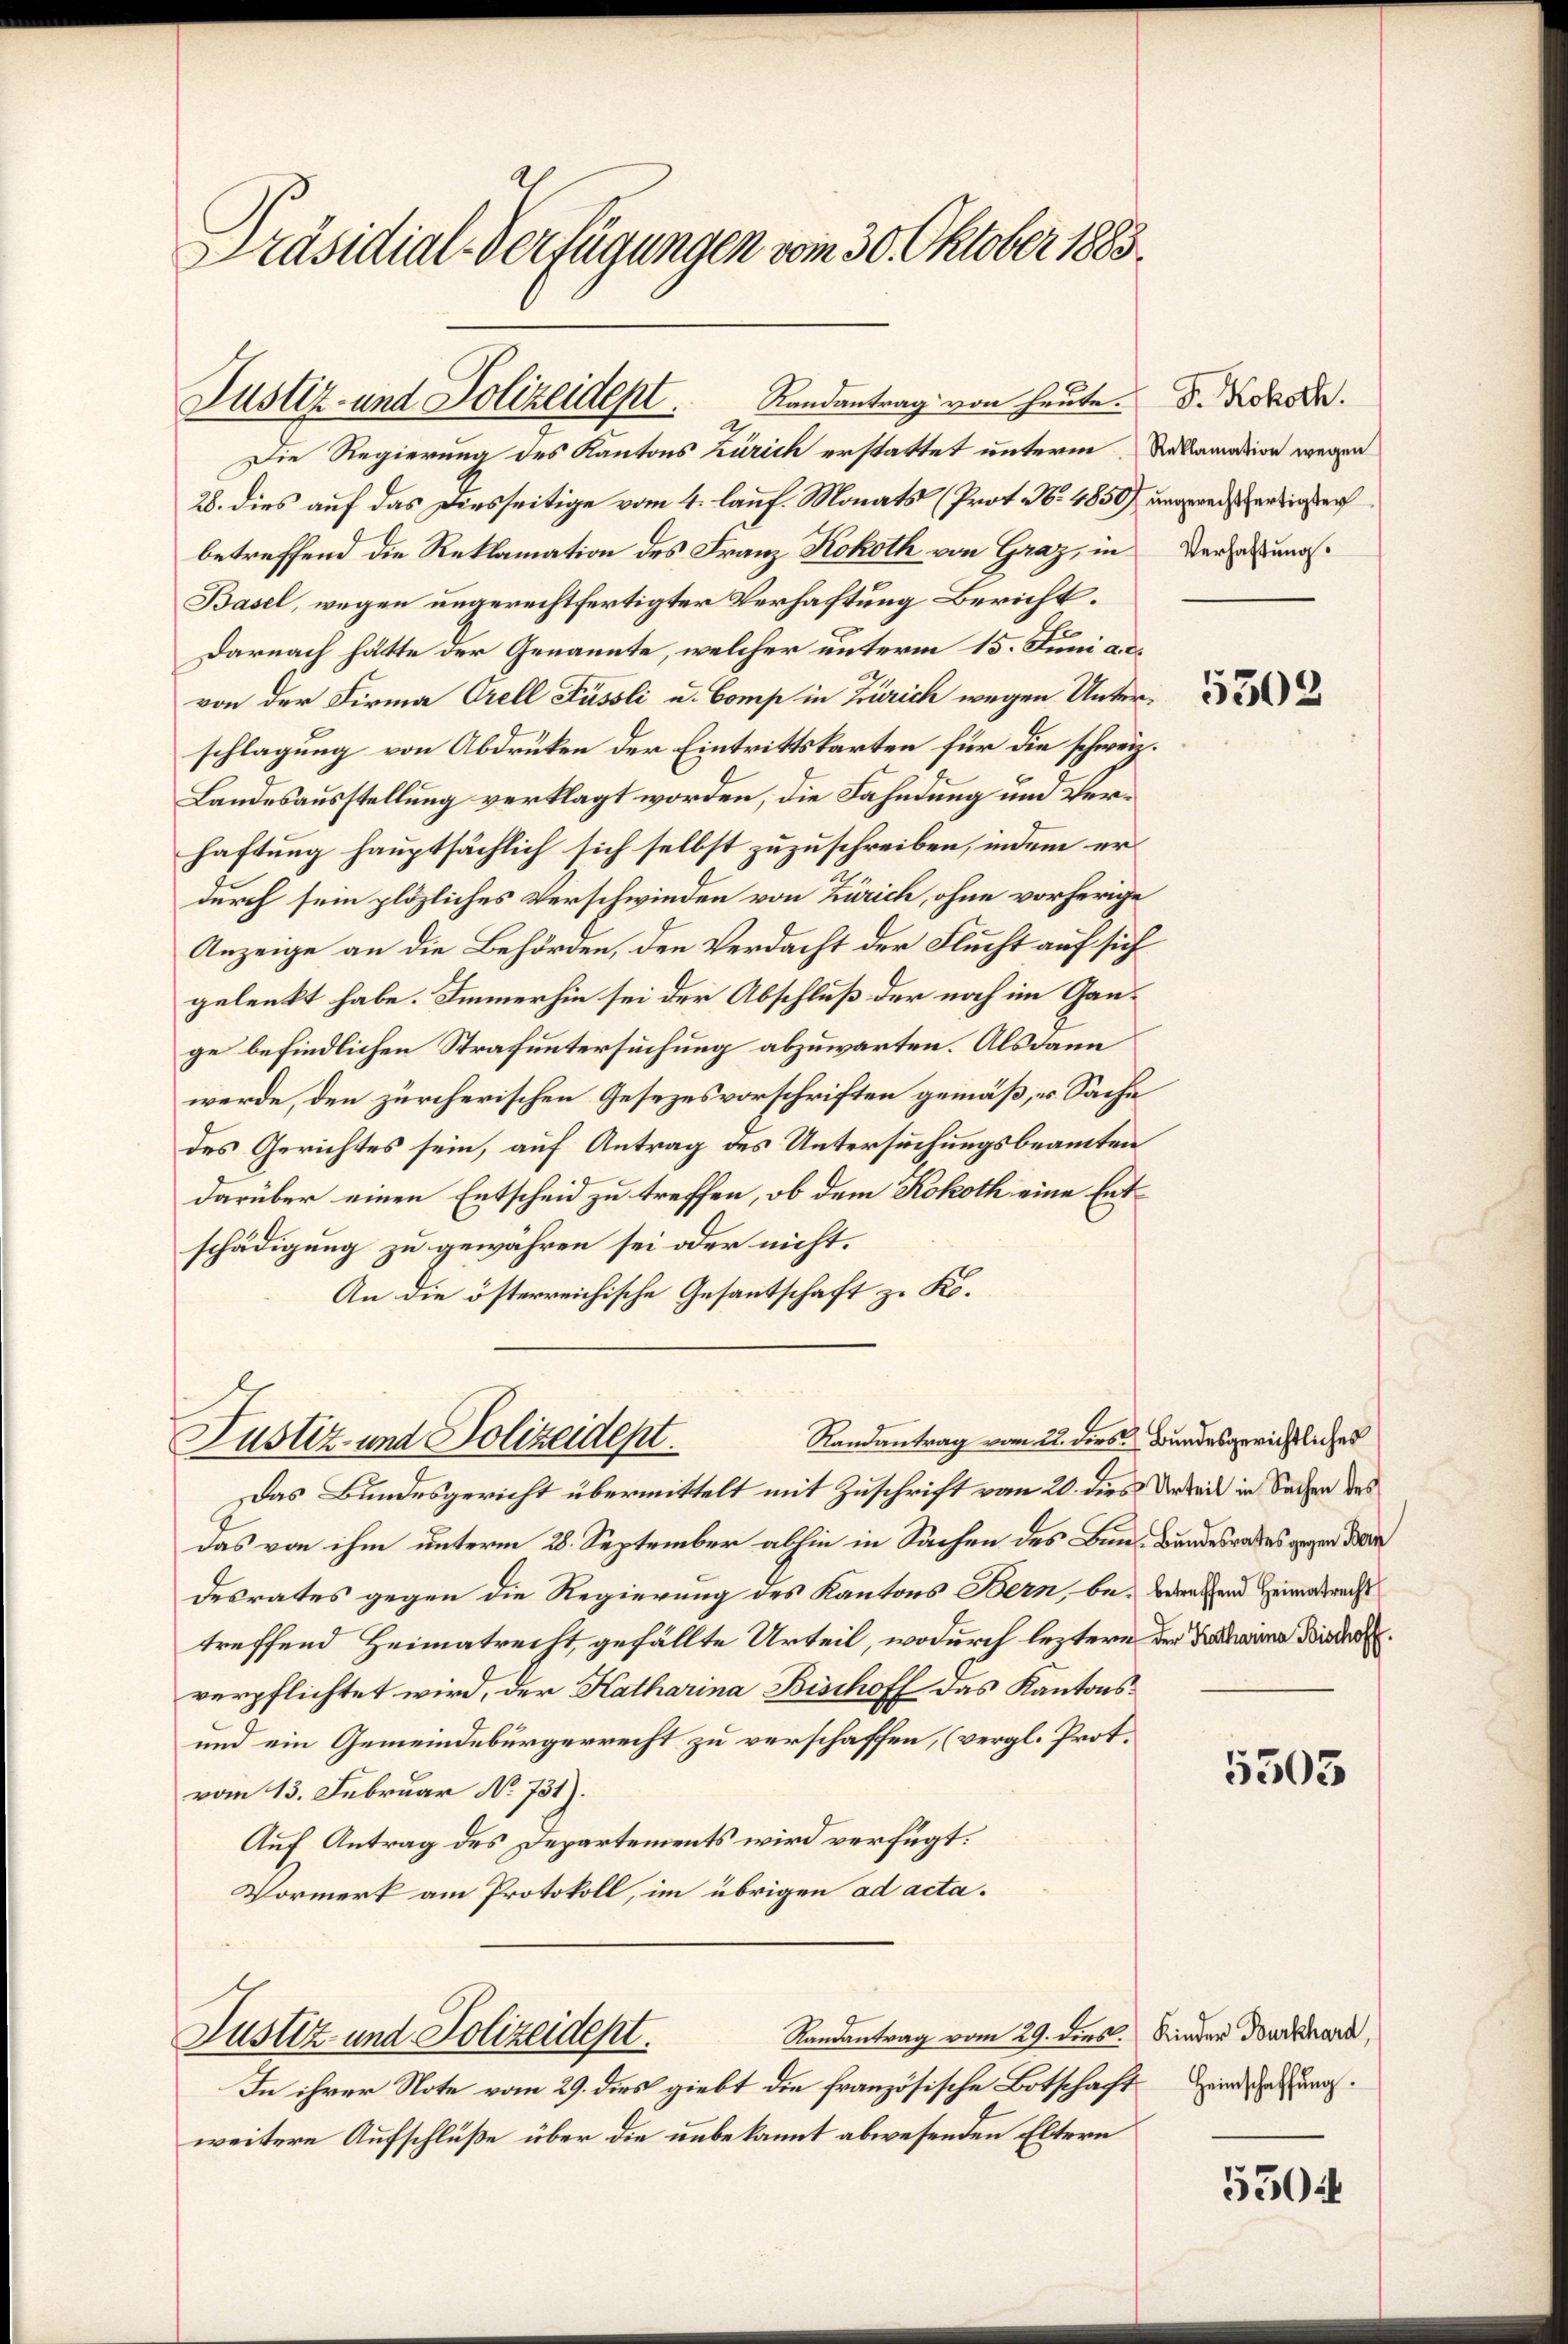
Präsidial-Verfügungen vom 30. Oktober 1883.

28. dies auf das Diesseitige vom 4. lauf. Monats (Prot. N. 4850) ungereisterdiesen
betreffend die Reklamation des Franz Kokoth von Graz, in Versatzungs¬
Basel, wegen ungerechtfertigter Verhaftung Bericht.
Darnach hätte der Genannte, welcher unterm 15. Juni a.c.
von der Firma Orell Füssli u. Comp in Zürich wegen Unterschlagung von Abdrüken der Eintrittskarten für die schweiz.
Landesausstellung verklagt worden, die Fahndung und Verhaftung hauptsächlich sich selbst zuzuschreiben, indem er
durch sein plözliches Verschwinden von Zürich, ohne vorherige
Anzeige an die Behörden, den Verdacht der Flucht auf sich
gelenkt habe. Immerhin sei der Abschluß der noch im Gange befindlichen Strafuntersuchung abzuwarten. Als dann
werde, den zürcherischen Gesezesvorschriften gemäß, u. Sache
des Gerichtes sein, auf Antrag des Untersuchungsbeamten
darüber einen Entscheid zu treffen, ob dem Kokoth eine Entschädigung zu gewähren sei oder nicht.
An die österreichische Gesantschaft zu Ko¬
Randantrag vom 22. ders Bundesgerichtliches
Justiz- und Polizeidept.
Das Bundesgericht übermittelt mit Zuschrift vom 20. dies Urteil in Sachen des
das von ihm unterm 28. September abhin in Sachen des Bun- Bundesrates gegen den
desrates gegen die Regierung des Kantons Bern, be- Berechend Heimatrecht
treffend Heimatrecht gefällte Urteil, wodurch leztere der Darina Dieder
verpflichtet wird, der Katharina Bischoff das Kantons¬
und ein Gemeindebürgerrecht zu verschaffen, (vergl. Prot.
vom 13. Februar No 731).
Auf Antrag des Departements wird verfügt:
Vormerk am Protokoll, im übrigen ad acta¬

Randantrag von heute. D. Roboth.
Justiz- und Polizeidept.
2.
Die Regierung des Kantons Zürich erstattet unterm Salamation wegen

Justiz- und Polizeidept.

Randantrag vom 29. dies Kinder Burkhard,
In ihrer Note vom 29. dies giebt die französische Botschaft Heidentweitere Aufschlüße über die unbekannt abwesenden Eltern

5302

5303

5304